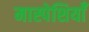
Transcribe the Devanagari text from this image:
मास्पेशियाँ